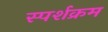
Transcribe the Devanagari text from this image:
स्पर्शक्रम